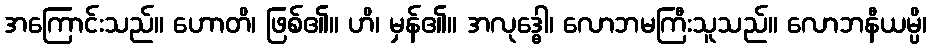
အကြောင်းသည်။ ဟောတိ၊ ဖြစ်၏။ ဟိ၊ မှန်၏။ အလုဒ္ဓေါ၊ လောဘမကြီးသူသည်။ လောဘနီယမ္ပိ၊